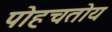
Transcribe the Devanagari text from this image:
पोहचतोय